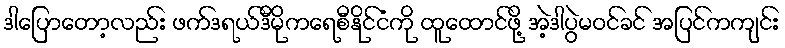
ဒါပြောတော့လည်း ဖက်ဒရယ်ဒီမိုကရေစီနိုင်ငံကို ထူထောင်ဖို့ အဲ့ဒါပွဲမဝင်ခင် အပြင်ကကျင်း